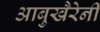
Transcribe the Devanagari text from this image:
आबुखैरेनी